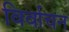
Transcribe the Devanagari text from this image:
विर्वाचन